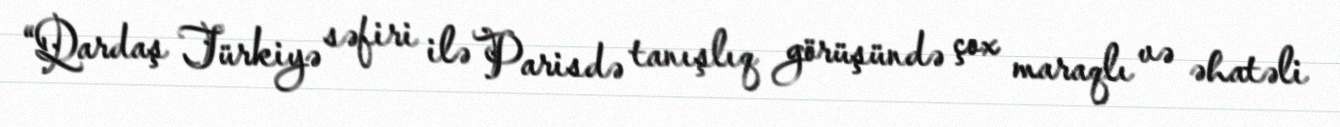
“Qardaş Türkiyə səfiri ilə Parisdə tanışlıq görüşündə çox maraqlı və əhatəli